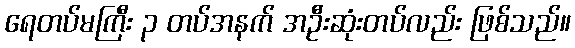
ရေတပ်မကြီး ၃ တပ်အနက် အဦးဆုံးတပ်လည်း ဖြစ်သည်။